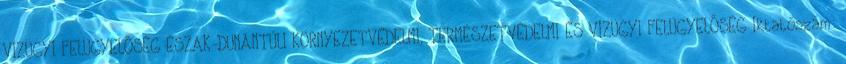
VÍZÜGYI FELÜGYELŐSÉG ÉSZAK-DUNÁNTÚLI KÖRNYEZETVÉDELMI, TERMÉSZETVÉDELMI ÉS VÍZÜGYI FELÜGYELŐSÉG Iktatószám: